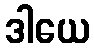
ဒါယေ